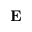
\bf E